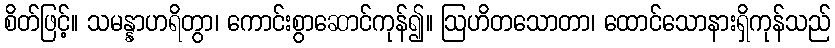
စိတ်ဖြင့်။ သမန္နာဟရိတွာ၊ ကောင်းစွာဆောင်ကုန်၍။ ဩဟိတသောတာ၊ ထောင်သောနားရှိကုန်သည်